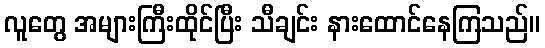
လူတွေ အများကြီးထိုင်ပြီး သီချင်း နားထောင်နေကြသည်။